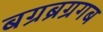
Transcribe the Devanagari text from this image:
बग्रब्रग्रगब